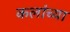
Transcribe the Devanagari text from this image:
कलांच्‍या